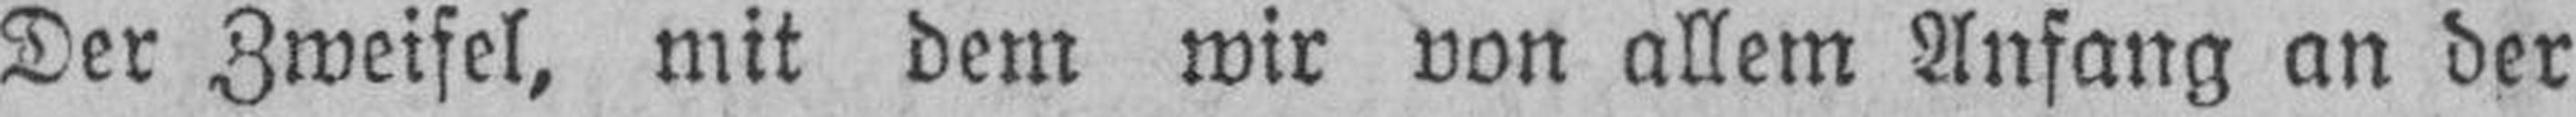
Der Zweifel, mit dem wir von allem Anfang an der